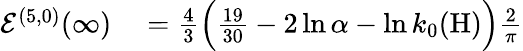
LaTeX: \begin{array}{rl}{{\cal{E}}^{(5,0)}(\infty)}&{{}=\frac{4}{3}\Big(\frac{19}{30}-2\ln\alpha-\ln k_{0}(\mathrm{H})\Big)\frac{2}{\pi}}\end{array}